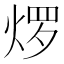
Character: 𬊜